Civil Veterinary Dept. North-West Frontier Province 1933-46 - 1933-1946
Year: 1933
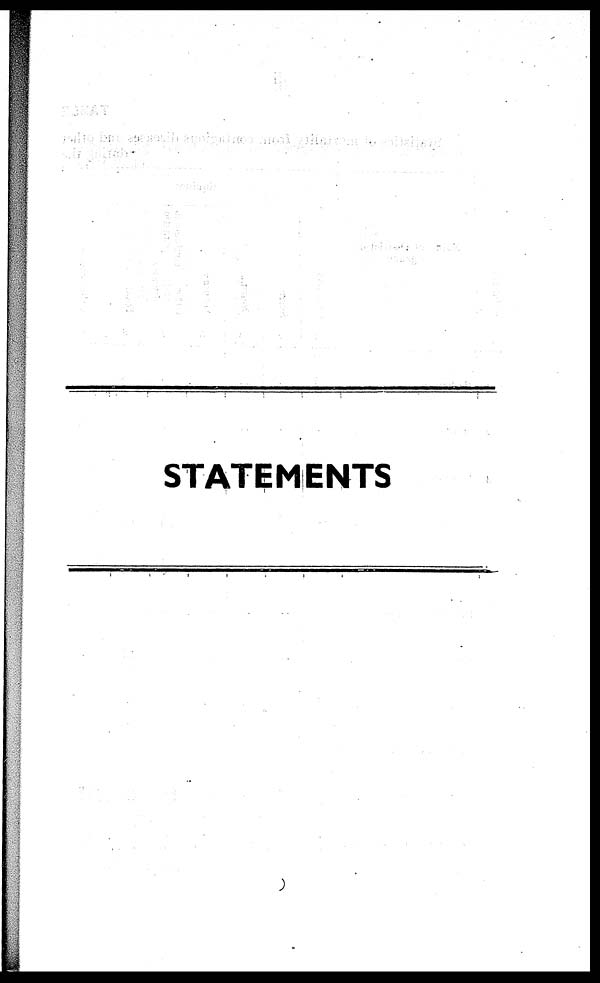
STATEMENTS